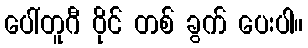
ပေါ်တူဂီ ဝိုင် တစ် ခွက် ပေးပါ။